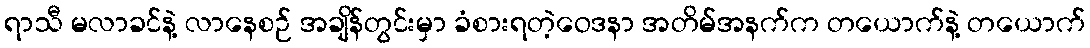
ရာသီ မလာခင်နဲ့ လာနေစဉ် အချိန်တွင်းမှာ ခံစားရတဲ့ဝေဒနာ အတိမ်အနက်က တယောက်နဲ့ တယောက်